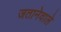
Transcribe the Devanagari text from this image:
जतानेवाले